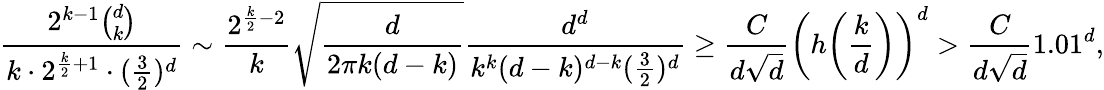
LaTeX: \frac{2^{k-1}\binom{d}{k}}{k\cdot 2^{\frac{k}{2}+1}\cdot(\frac{3}{2})^{d}}\sim\frac{2^{\frac{k}{2}-2}}{k}\sqrt{\frac{d}{2\pi k(d-k)}}\frac{d^{d}}{k^{k}(d-k)^{d-k}(\frac{3}{2})^{d}}\geq\frac{C}{d\sqrt{d}}\bigg(h\bigg(\frac{k}{d}\bigg)\bigg)^{d}>\frac{C}{d\sqrt{d}}1.01^{d},